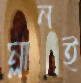
ম্লানই